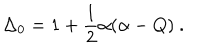
\Delta _ { 0 } = 1 + \frac { 1 } { 2 } \alpha ( \alpha - Q ) \ .